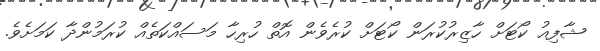
ޝާފިއު ކޯޓަށް ހާޒިރުކުރަން ކޯޓަށް ކުރެވެން އޮތް ހުރިހާ މަސައްކަތެއް ކުރަމުންދާ ކަމަށެވެ.